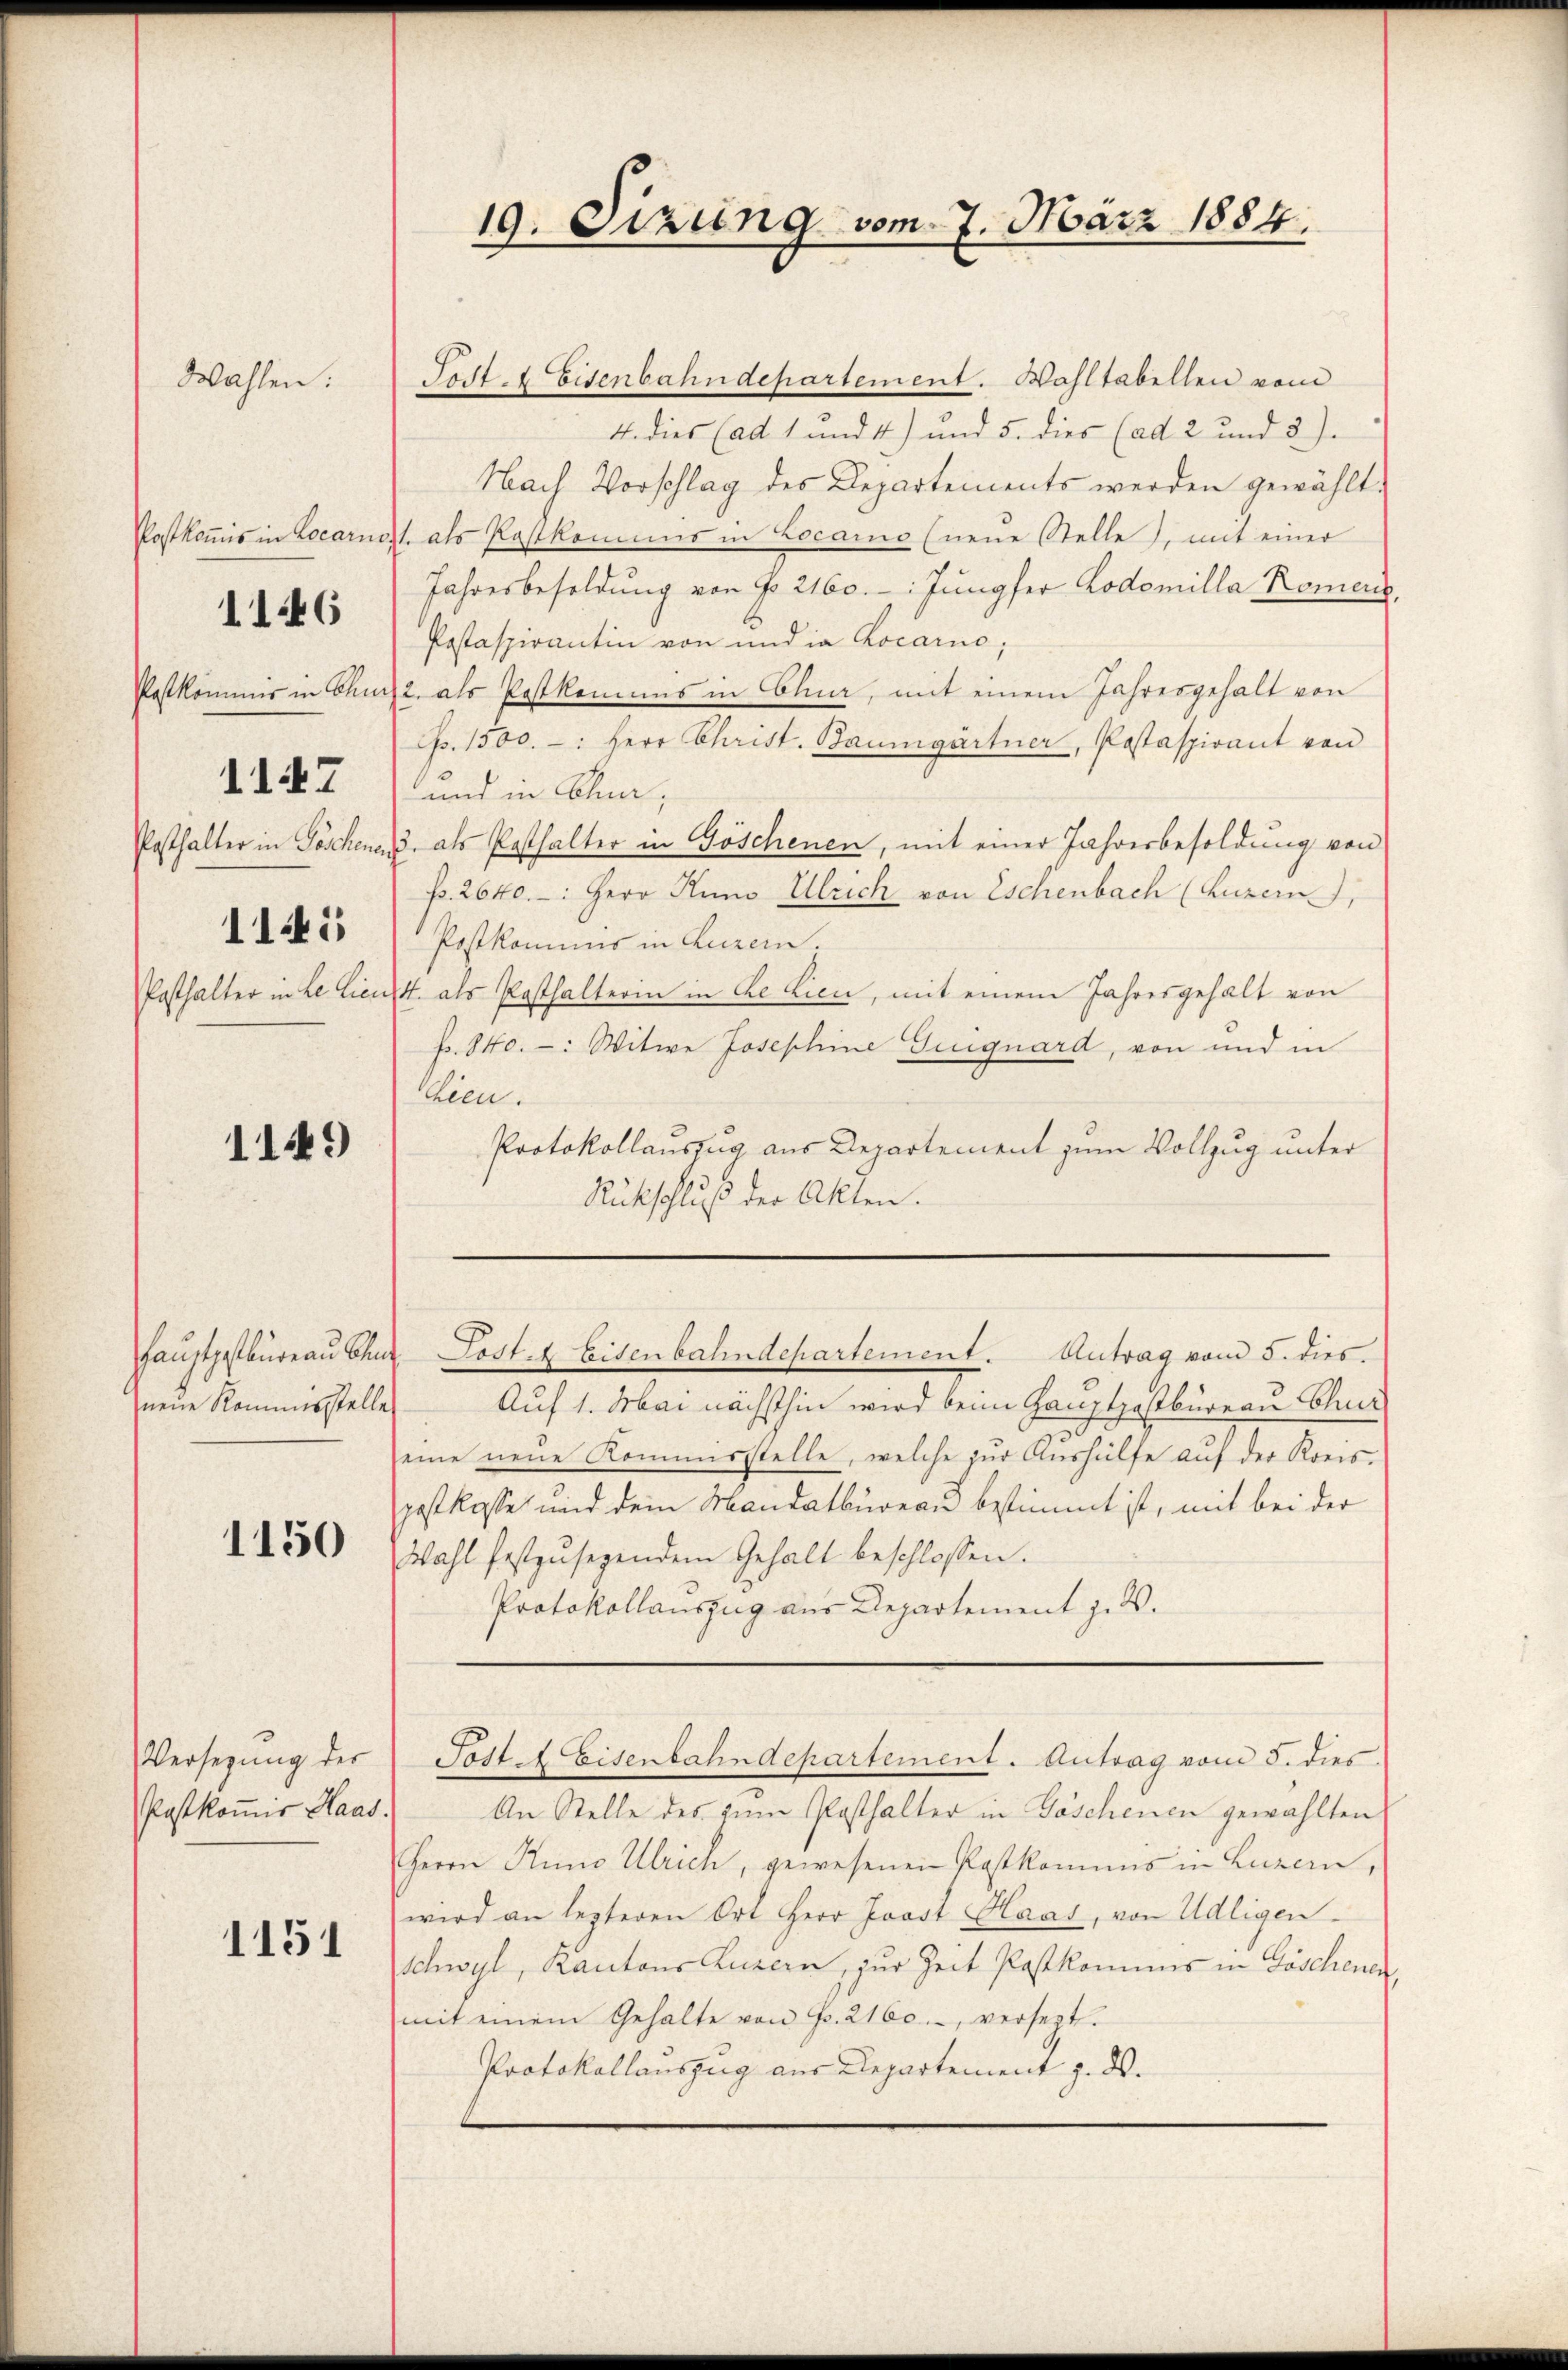
Wahlen

1167
1145

1146

1149

neue Kommisstelles

1150

Versezung der
Postkomir Haas.

1151

Post. Eisenbahndepartement. Wahltabellen vom
4. dies (ad 1 und 41) und 5. dies (ad 2 und 3).
Nach Vorschlag des Departements werden gewählt.
Postkoṁis in Locarnost als Rastkommis in Locarno (neŭe Stelle), mit einer
Jahresbesoldung von No 2160. Jungfer Lodomilla Romens,
Postaspirantin von und in Locarno;
Postkommis in Chur 2 als Postkommis in Chur, mit einem Jahresgehalt von
Cp. 1500. -: Herr Christ. Baumgartner, Postaspirant von
und in Olea,
Posthalter in Göschen 3. als Pasthalter in Göschenen, mit einer Jahresbesoldung von
p. 2640. -: Herr Huno Ulrich von Eschenbach (Luzern,
Postkommis in Luzern.
Posthalter in Le Lieut. als Posthalterin in de Lien, mit einem Jahresgehalt von
p. 840. -: Witwe Josephine Guiguard, von und in
Chien.
Protokollauszug aus Departement zum Vollzug unter
Rückschluß der Akten.

19. Sizung vom 7. März 1884.

Auf 1. Mai nächsthin wird beim Hauptpostbüreau Chur
eine neue Kommisstelle, welche zur Aushülfe auf der Konspostkasse und dem Mandatbureau bestimmt ist, mit bei der
Wahl festzŭsegendem Gehalt beschlossen.
Protokollauszug aus Departement J. V.
Post. Eisenbahndepartement. Antrag vom 5. dies
An Stelle des zum Posthalter in Göschenen gewählten
Herrn Runo Ulrich, gewesenen Kostkommis in Luzern,
wird an lezteren Ort Herr Jobst Haas, von Udligen
schwyl, Kantons Luzern, zur Zeit Postkommnis in Göschenen
mit einem Gehalte von Fr. 2160., versezt.
Protokollauszug aus Departement z. ds.

Haŭptpostbüreau Chur Post- & Eisenbahndepartement. Antrag vom 5. dies